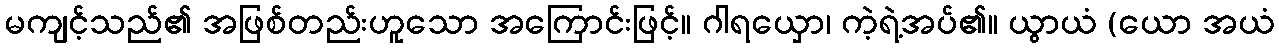
မကျင့်သည်၏ အဖြစ်တည်းဟူသော အကြောင်းဖြင့်။ ဂါရယှော၊ ကဲ့ရဲ့အပ်၏။ ယွာယံ (ယော အယံ